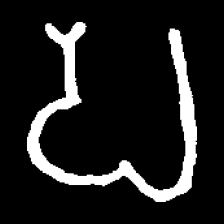
Pyu character \u2014 Myanmar letter: ပ (romanized: pa)